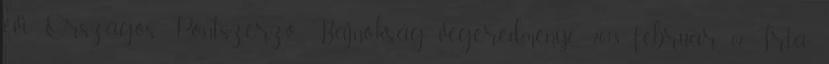
évi Országos Pontszerző Bajnokság végeredménye 2018. február 07. Írta: